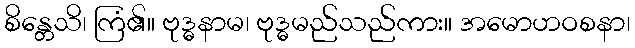
စိန္တေသိ၊ ကြံ၏။ ဗုဒ္ဓနာမ၊ ဗုဒ္ဓမည်သည်ကား။ အမောဟဝစနာ၊